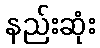
နည်းဆုံး